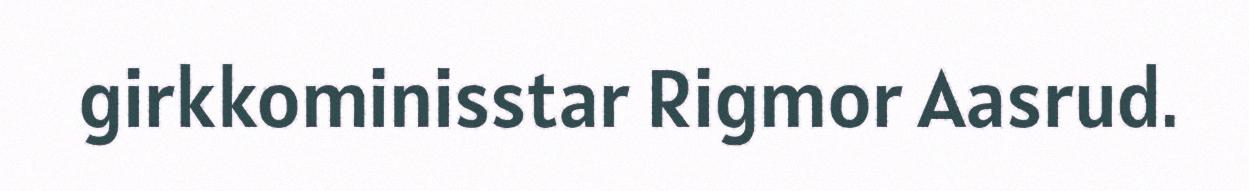
girkkominisstar Rigmor Aasrud.